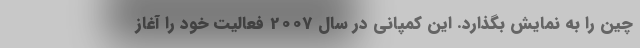
چین را به نمایش بگذارد. این کمپانی در سال 2007 فعالیت خود را آغاز